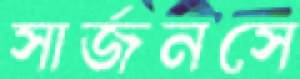
সার্জনসে